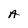
Character: A